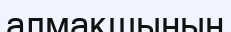
алмақшының